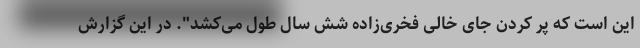
این است که پر کردن جای خالی فخری‌زاده شش سال طول می‌کشد". در این گزارش